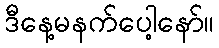
ဒီနေ့မနက်ပေါ့နော်။